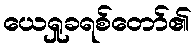
ယေရှုခရစ်တော်၏